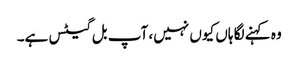
وہ کہنے لگا ہاں کیوں نہیں، آپ بل گیٹس ہے۔